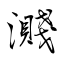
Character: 濺